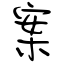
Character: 案